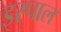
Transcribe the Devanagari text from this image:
इस्पाल